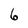
Character: 6